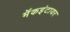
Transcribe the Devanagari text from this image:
मॅकइंटायर